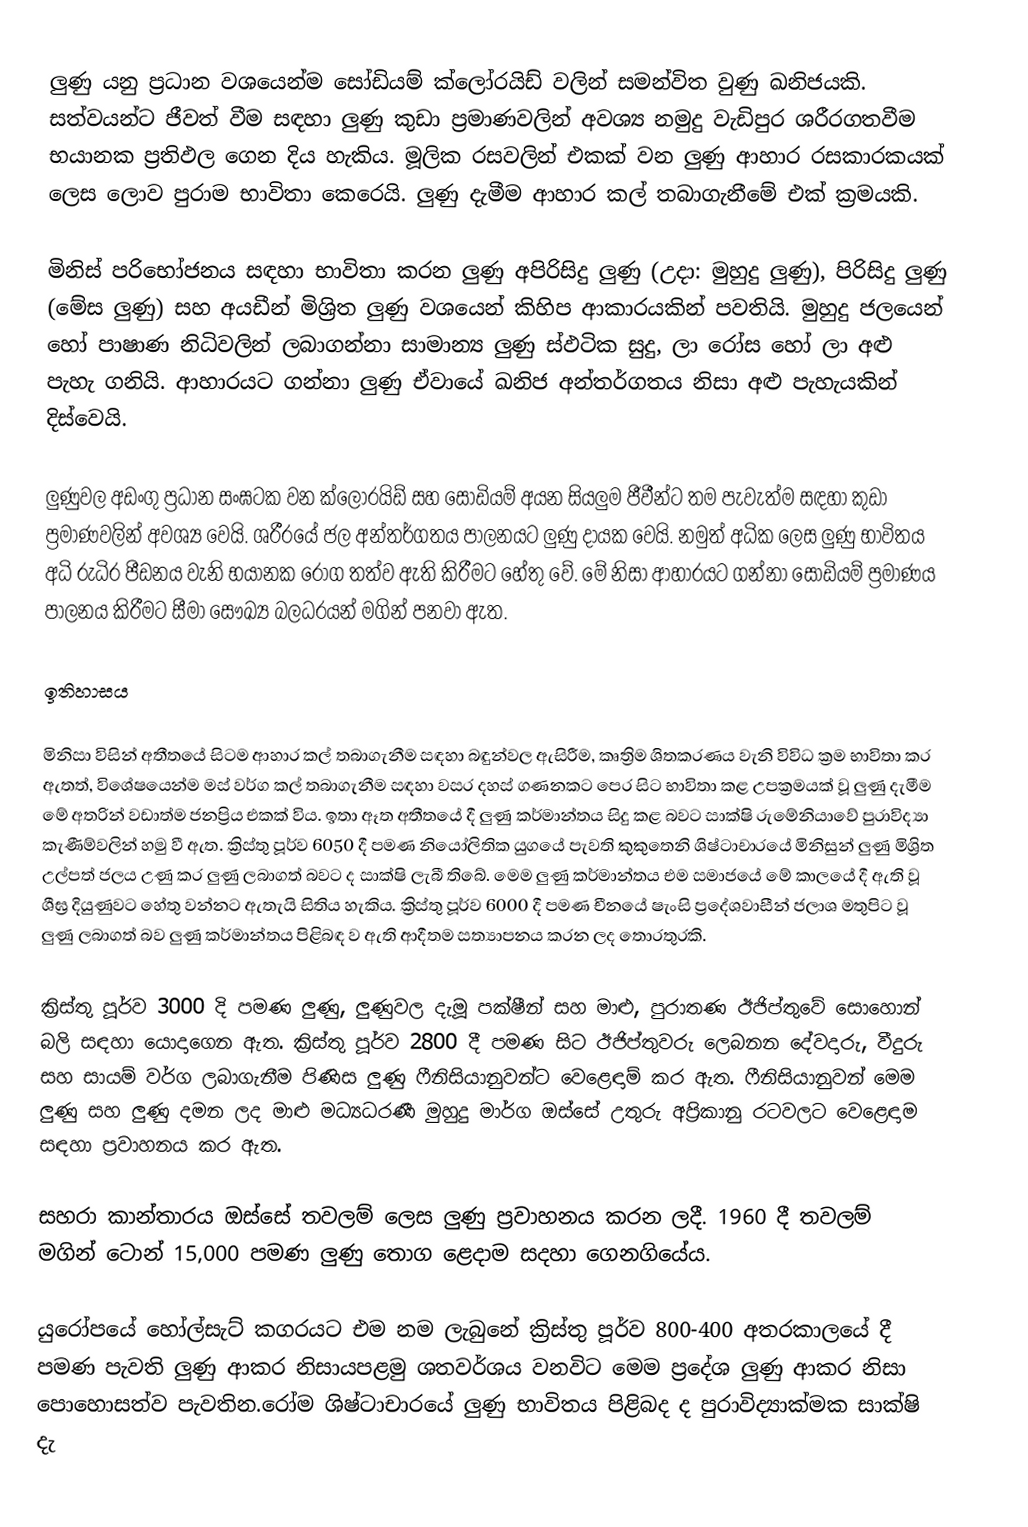
ලුණු යනු ප්‍රධාන වශයෙන්ම සෝඩියම් ක්ලෝරයිඩ් වලින් සමන්විත වුණු ඛනිජයකි. සත්වයන්ට ජීවත් වීම සඳහා ලුණු කුඩා ප්‍රමාණවලින් අවශ්‍ය නමුදු වැඩිපුර ශරීරගතවීම භයානක ප්‍රතිඵල ගෙන දිය හැකිය. මූලික රසවලින් එකක් වන ලුණු ආහාර රසකාරකයක් ලෙස ලොව පුරාම භාවිතා කෙරෙයි. ලුණු දැමීම ආහාර කල් තබාගැනීමේ එක් ක්‍රමයකි.

මිනිස් පරිභෝජනය සඳහා භාවිතා කරන ලුණු අපිරිසිදු ලුණු (උදා: මුහුදු ලුණු),  පිරිසිදු ලුණු (මේස ලුණු) සහ අයඩීන් මිශ්‍රිත ලුණු වශයෙන් කිහිප ආකාරයකින් පවතියි. මුහුදු ජලයෙන් හෝ පාෂාණ නිධිවලින් ලබාගන්නා සාමාන්‍ය ලුණු ස්ඵටික සුදු, ලා රෝස හෝ ලා අළු පැහැ ගනියි. ආහාරයට ගන්නා ලුණු ඒවායේ ඛනිජ අන්තර්ගතය නිසා අළු පැහැයකින් දිස්වෙයි.

ලුණුවල අඩංගු ප්‍රධාන සංඝටක වන ක්ලෝරයිඩ් සහ සෝඩියම් අයන සියලුම ජීවීන්ට තම පැවැත්ම සඳහා කුඩා ප්‍රමාණවලින් අවශ්‍ය වෙයි. ශරීරයේ ජල අන්තර්ගතය පාලනයට ලුණු දායක වෙයි. නමුත් අධික ලෙස ලුණු භාවිතය අධි රුධිර පීඩනය වැනි භයානක රෝග තත්ව ඇති කිරීමට හේතු වේ. මේ නිසා ආහාරයට ගන්නා සෝඩියම් ප්‍රමාණය පාලනය කිරීමට සීමා සෞඛ්‍ය බලධරයන් මගින් පනවා ඇත.

ඉතිහාසය

මිනිසා විසින් අතීතයේ සිටම ආහාර කල් තබාගැනීම සඳහා බඳුන්වල ඇසිරීම, කෘත්‍රිම ශිතකරණය වැනි විවිධ ක්‍රම භාවිතා කර ඇතත්, විශේෂයෙන්ම මස් වර්ග කල් තබාගැනීම සඳහා වසර දහස් ගණනකට පෙර සිට භාවිතා කළ උපක්‍රමයක් වූ ලුණු දැමීම මේ අතරින් වඩාත්ම ජනප්‍රිය එකක් විය.  ඉතා ඈත අතීතයේ දී ලුණු කර්මාන්තය සිදු කළ බවට සාක්ෂි රුමේනියාවේ පුරාවිද්‍යා කැණීම්වලින් හමු වී ඇත. ක්‍රිස්තු පූර්ව 6050 දී පමණ නියෝලිතික යුගයේ පැවති කුකුතෙනි ශිෂ්ටාචාරයේ මිනිසුන් ලුණු මිශ්‍රිත උල්පත් ජලය උණු කර ලුණු ලබාගත් බවට ද සාක්ෂි ලැබී තිබේ.  මෙම ලුණු කර්මාන්තය එම සමාජයේ මේ කාලයේ දී ඇති වූ ශීඝ්‍ර දියුණුවට හේතු වන්නට ඇතැයි සිතිය හැකිය.  ක්‍රිස්තු පූර්ව 6000 දී පමණ චීනයේ ෂැංසි ප්‍රදේශවාසීන් ජලාශ මතුපිට වූ ලුණු ලබාගත් බව ලුණු කර්මාන්තය පිළිබඳ ව ඇති ආදීතම සත්‍යාපනය කරන ලද තොරතුරකි.

ක්‍රිස්තු පූර්ව 3000 දි පමණ ලුණු, ලුණුවල දැමූ පක්ෂීන් සහ මාළු, පුරාතණ ඊජිප්තුවේ සොහොන් බලි සඳහා යොදාගෙන ඇත.  ක්‍රිස්තු පූර්ව 2800 දී පමණ සිට ඊජිප්තුවරු ලෙබනන දේවදාරු, වීදුරු සහ සායම් වර්ග ලබාගැනීම පිණිස ලුණු ෆීනිසියානුවන්ට වෙළෙඳාම් කර ඇත. ෆීනිසියානුවන් මෙම ලුණු සහ ලුණු දමන ලද මාළු මධ්‍යධරණී මුහුදු මාර්ග ඔස්සේ උතුරු අප්‍රිකානු රටවලට වෙළෙඳාම සඳහා ප්‍රවාහනය කර ඇත.

සහරා කාන්තාරය ඔස්සේ තවලම් ලෙස ලුණු ප්‍රවාහනය කරන ලදී. 1960 දී තවලම් මගින් ටොන් 15,000 පමණ ලුණු තොග ළෙදාම සදහා ගෙනගියේය.

යුරෝපයේ හෝල්සැට් කගරයට එම නම ලැබුනේ ක්‍රිස්තු පූර්ව 800-400 අතරකාලයේ දී පමණ  පැවති ලුණු ආකර නිසායපළමු ශතවර්ශය වනවිට මෙම ප්‍රදේශ ලුණු ආකර නිසා පොහොසත්ව පැවතින.රෝම ශිෂ්ටාචාරයේ ලුණු භාවිතය පිළිබද ද පුරාවිද්‍යාක්මක සාක්ෂි දැ